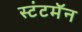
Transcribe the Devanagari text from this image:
स्टंटमॅन